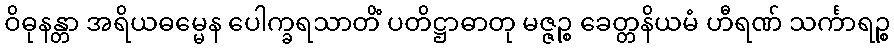
ဝိဓုနန္တာ အရိယဓမ္မေန ပေါက္ခရသာတိံ ပတိဋ္ဌာဓာတု မဇ္ဇဉ္စ ခေတ္တနိယမံ ဟီရဏ် သင်္ကာရဉ္စ